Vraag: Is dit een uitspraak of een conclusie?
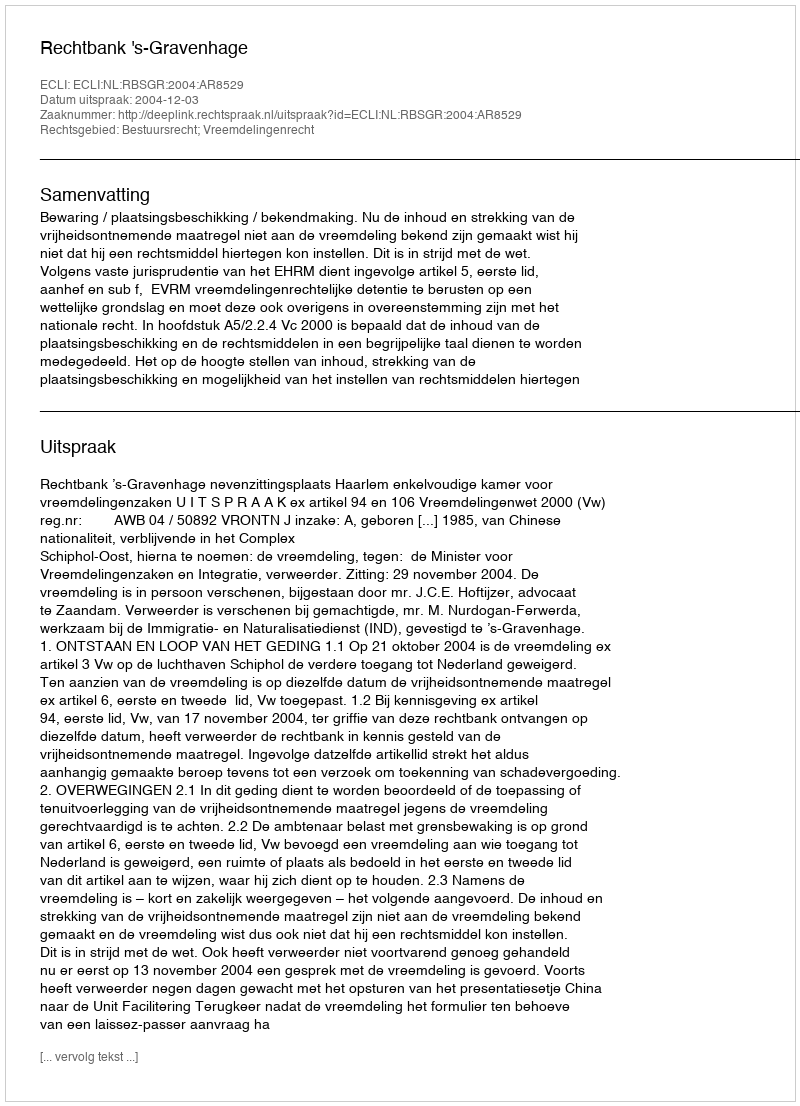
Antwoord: Uitspraak